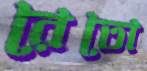
রেতো